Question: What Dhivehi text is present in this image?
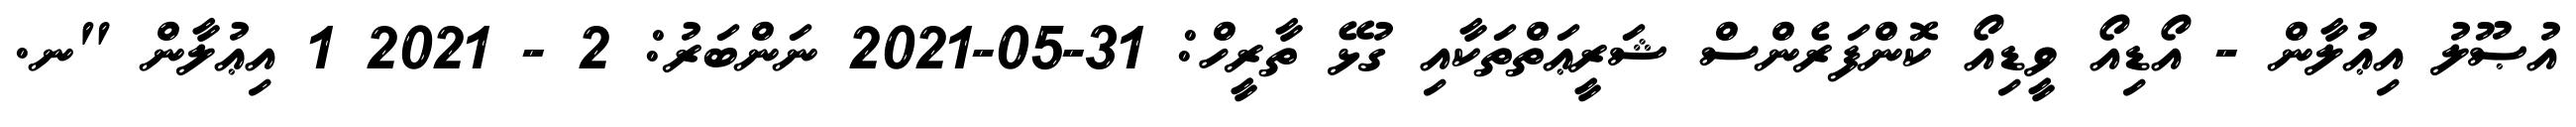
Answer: އުޞޫލު އިޢުލާން - އޯޑިއޯ ވީޑިއޯ ކޮންފަރެންސް ޝަރީޢަތްތަކާއި ގުޅޭ ތާރީހް: 31-05-2021 ނަންބަރު: 2 - 2021 1 އިޢުލާން "ނ.